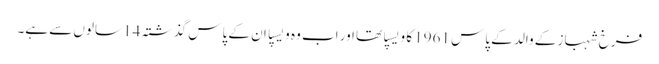
فرخ شہباز کے والد کے پاس 1961 کا ویسپا تھا اور اب وہ ویسپا ان کے پاس گذشتہ 14 سالوں سے ہے۔